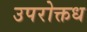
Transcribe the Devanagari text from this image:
उपरोक्तध